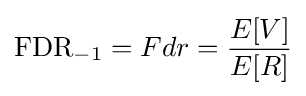
\mathrm {FDR} _{-1}=Fdr={\frac {E[V]}{E[R]}}